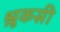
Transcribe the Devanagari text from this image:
श्लुकसी